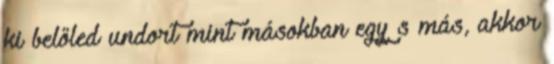
ki belőled undort mint másokban egy s más, akkor